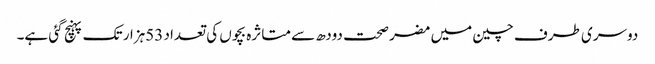
دوسری طرف چین میں مضر صحت دودھ سے متاثرہ بچوں کی تعداد 53ہزار تک پہنچ گئی ہے۔